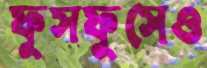
ফুসফুসেও